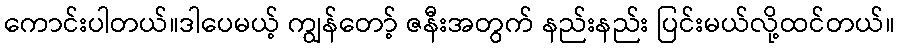
ကောင်းပါတယ်။ဒါပေမယ့် ကျွန်တော့် ဇနီးအတွက် နည်းနည်း ပြင်းမယ်လို့ထင်တယ်။